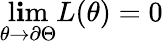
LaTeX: \operatorname*{l\mathbf{i}m}_{\theta\to\partial\Theta}L(\theta)=0